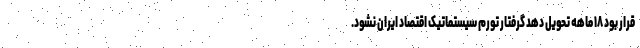
قرار بود ۱۸ ماهه تحویل دهد گرفتار تورم سیستماتیک اقتصاد ایران نشود.